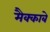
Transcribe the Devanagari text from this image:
मैक्काबे